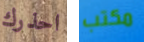
احذرك مكتب